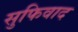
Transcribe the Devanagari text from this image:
सुफिवाद